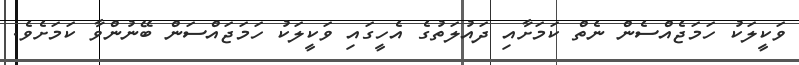
ވަކީލަކު ހަމަޖެއްސެން ނެތް ކަމަށާއި ދައުލަތުގެ އެހީގައި ވަކީލަކު ހަމަޖައްސަން ބޭނުންވާ ކަމަށެވެ.